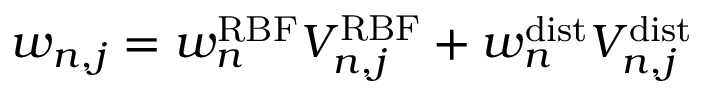
w _ { n , j } = w _ { n } ^ { \mathrm { R B F } } V _ { n , j } ^ { \mathrm { R B F } } + w _ { n } ^ { \mathrm { d i s t } } V _ { n , j } ^ { \mathrm { d i s t } }